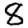
Digit: 8